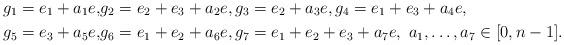
LaTeX: \begin{align*}g_1=e_1+a_1e,&g_2=e_2+e_3+a_2e,g_3=e_2+ a_3e, g_4=e_1+e_3+ a_4e ,\\g_5=e_3+ a_5e ,&g_6=e_1+e_2+a_6e , g_7=e_1+e_2+e_3+ a_7e,\ a_1, \ldots , a_7\in [0,n-1].\end{align*}